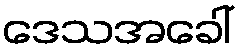
ဒေသအခေါ်